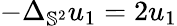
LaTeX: -\Delta_{\mathbb{S}^{2}}u_{1}=2u_{1}